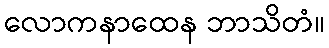
လောကနာထေန ဘာသိတံ။